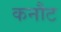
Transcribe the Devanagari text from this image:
कनौट